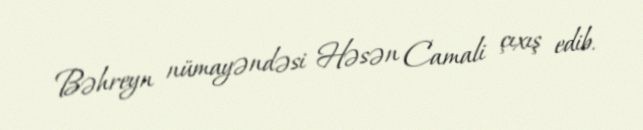
Bəhreyn nümayəndəsi Həsən Camali çıxış edib.